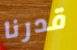
قدرنا